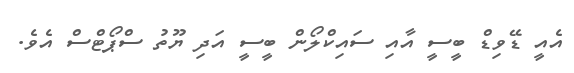
އެއީ ޑޭވިޑް ބީސީ އާއި ސައިކްލޯން ބީސީ އަދި ޔޫތު ސްޕޯޓްސް އެވެ.